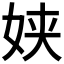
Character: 𮰿